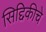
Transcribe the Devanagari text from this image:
सिद्दिकीचे